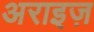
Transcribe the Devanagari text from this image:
अराइज़